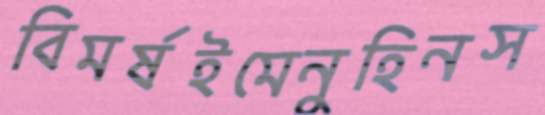
বিমর্ষইমেনুহিনস